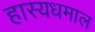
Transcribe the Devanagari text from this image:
हास्यधमाल